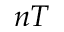
n T